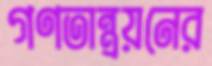
গণতান্ত্রয়নের